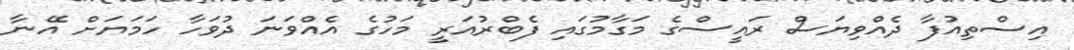
އިސްތިއުފާ ދެއްވިޔަސް ރައީސްގެ މަގާމުގައި ފެބްރުއަރީ މަހުގެ އެއްވަނަ ދުވަހާ ހަމަޔަށް އޭނާ